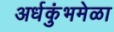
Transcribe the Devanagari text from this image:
अर्धकुंभमेळा